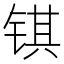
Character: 𫓹